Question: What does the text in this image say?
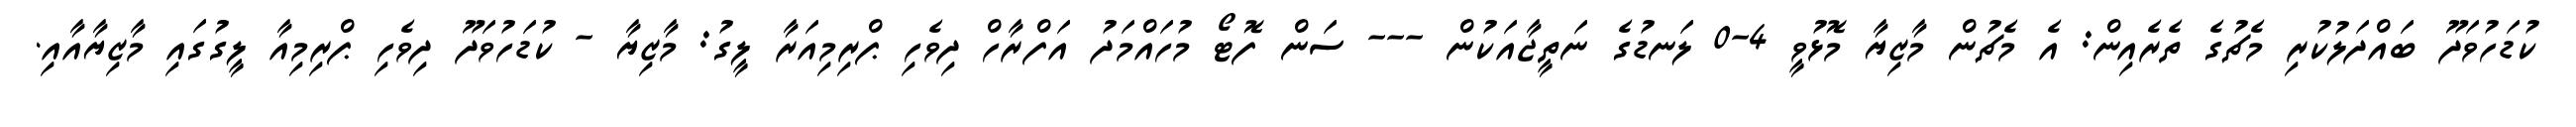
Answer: ކުޑަހުވަދޫ ބައްދަލުކުރި މެޗުގެ ތެރެއިން: އެ މެޗުން މާޒިޔާ މޮޅުވީ 4-0 ލަނޑުގެ ނަތީޖާއަކުން --- ސަން ފޮޓޯ މުހައްމަދު އަފްރާހް ދިވެހި ޕްރިމިއަރާ ލީގު: މާޒިޔާ - ކުޑަހުވަދޫ ދިވެހި ޕްރިމިއާ ލީގުގައި މާޒިޔާއާއި.